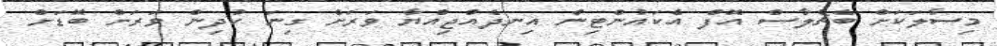
މިސާލަކަށް ބެޗެލާސް އޮފް އެކައުންޓިން އިނދެއްޖިއްޔާ ވަރަށް ގިނަ ކުދިން ވަރަށް ބޮޑަށް